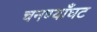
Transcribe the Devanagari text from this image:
चनण्याँघट